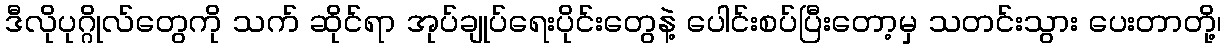
ဒီလိုပုဂ္ဂိုလ်တွေကို သက် ဆိုင်ရာ အုပ်ချုပ်ရေးပိုင်းတွေနဲ့ ပေါင်းစပ်ပြီးတော့မှ သတင်းသွား ပေးတာတို့၊